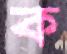
ক